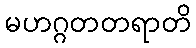
မဟဂ္ဂတတရာတိ